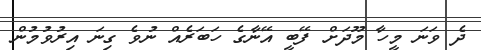
ދެ ވަނަ މީހާ މޫދަށް ފޭބީ އޭނާގެ ހަބަރެއް ނުވެ ގިނަ އިރުވުމުން